Annual report of the Punjab Veterinary College and of the Civil Veterinary Department, Punjab - 1920-1925
Year: 1920
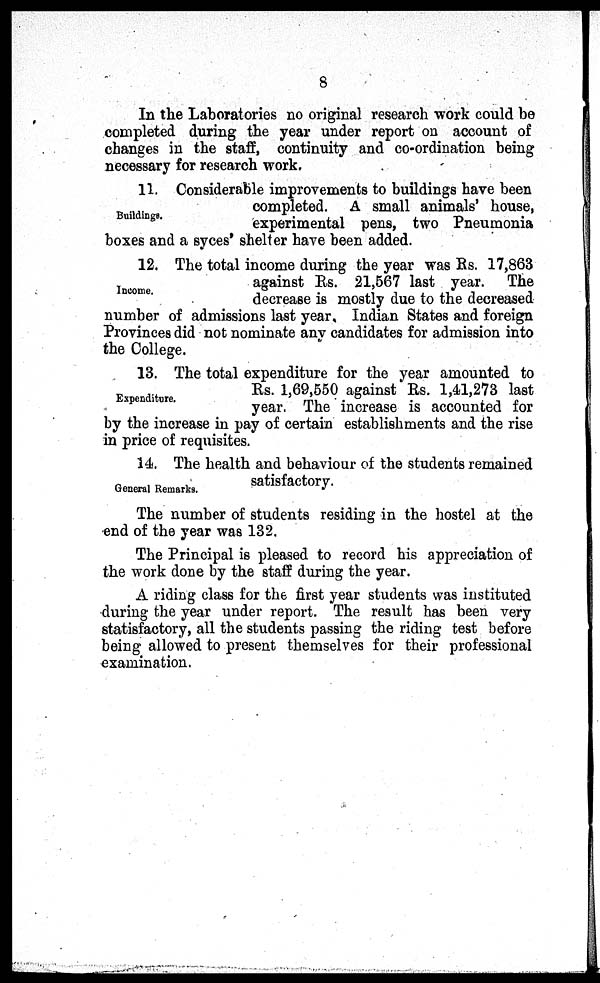
8
In the Laboratories no original research work could be
completed during the year under report on account of
changes in the staff, continuity and co-ordination being
necessary for research work.
Buildings.
11. Considerable improvements to buildings have been
completed. A small animals' house,
experimental pens, two Pneumonia
boxes and a syces' shelter have been added.
Income.
12. The total income during the year was Rs. 17,863
against Rs. 21,567 last year. The
decrease is mostly due to the decreased
number of admissions last year. Indian States and foreign
Provinces did not nominate any candidates for admission into
the College.
Expenditure.
13. The total expenditure for the year amounted to
Rs. 1,69,550 against Rs. 1,41,273 last
year. The increase is accounted for
by the increase in pay of certain establishments and the rise
in price of requisites.
General Remarks.
14. The health and behaviour of the students remained
satisfactory.
The number of students residing in the hostel at the
end of the year was 132.
The Principal is pleased to record his appreciation of
the work done by the staff during the year.
A riding class for the first year students was instituted
during the year under report. The result has been very
statisfactory, all the students passing the riding test before
being allowed to present themselves for their professional
examination.